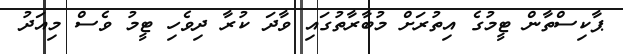
ޕާކިސްތާން ޓީމުގެ އިތުރަށް މުބާރާތުގައި ވާދަ ކުރާ ދިވެހި ޓީމު ވެސް މިއަދު